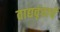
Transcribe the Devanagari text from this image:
वाद्यवृंदाचे